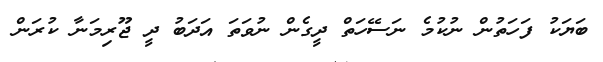
ބަޔަކު ފަހަތުން ނުކުމެ ނަސޭހަތް ދީގެން ނުވަތަ އަދަބު ދީ ޖޫރިމަނާ ކުރަން